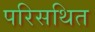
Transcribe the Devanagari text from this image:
परिसथित